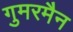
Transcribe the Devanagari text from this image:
गुमरमैन